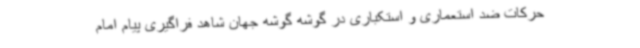
حرکات ضد استعماری و استکباری در گوشه گوشه جهان شاهد فراگیری پیام امام